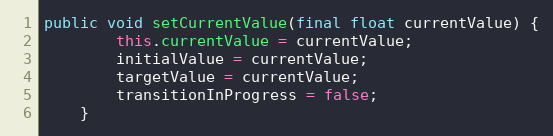
Language: Java
public void setCurrentValue(final float currentValue) {
        this.currentValue = currentValue;
        initialValue = currentValue;
        targetValue = currentValue;
        transitionInProgress = false;
    }